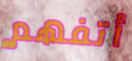
أتفهم